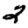
Digit: 2